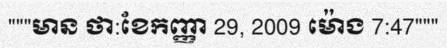
"""មាន ថា:ខែកញ្ញា 29, 2009 ម៉ោង 7:47"""